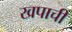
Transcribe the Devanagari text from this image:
खपाची